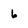
Character: 6